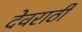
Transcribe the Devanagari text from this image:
देवराठी